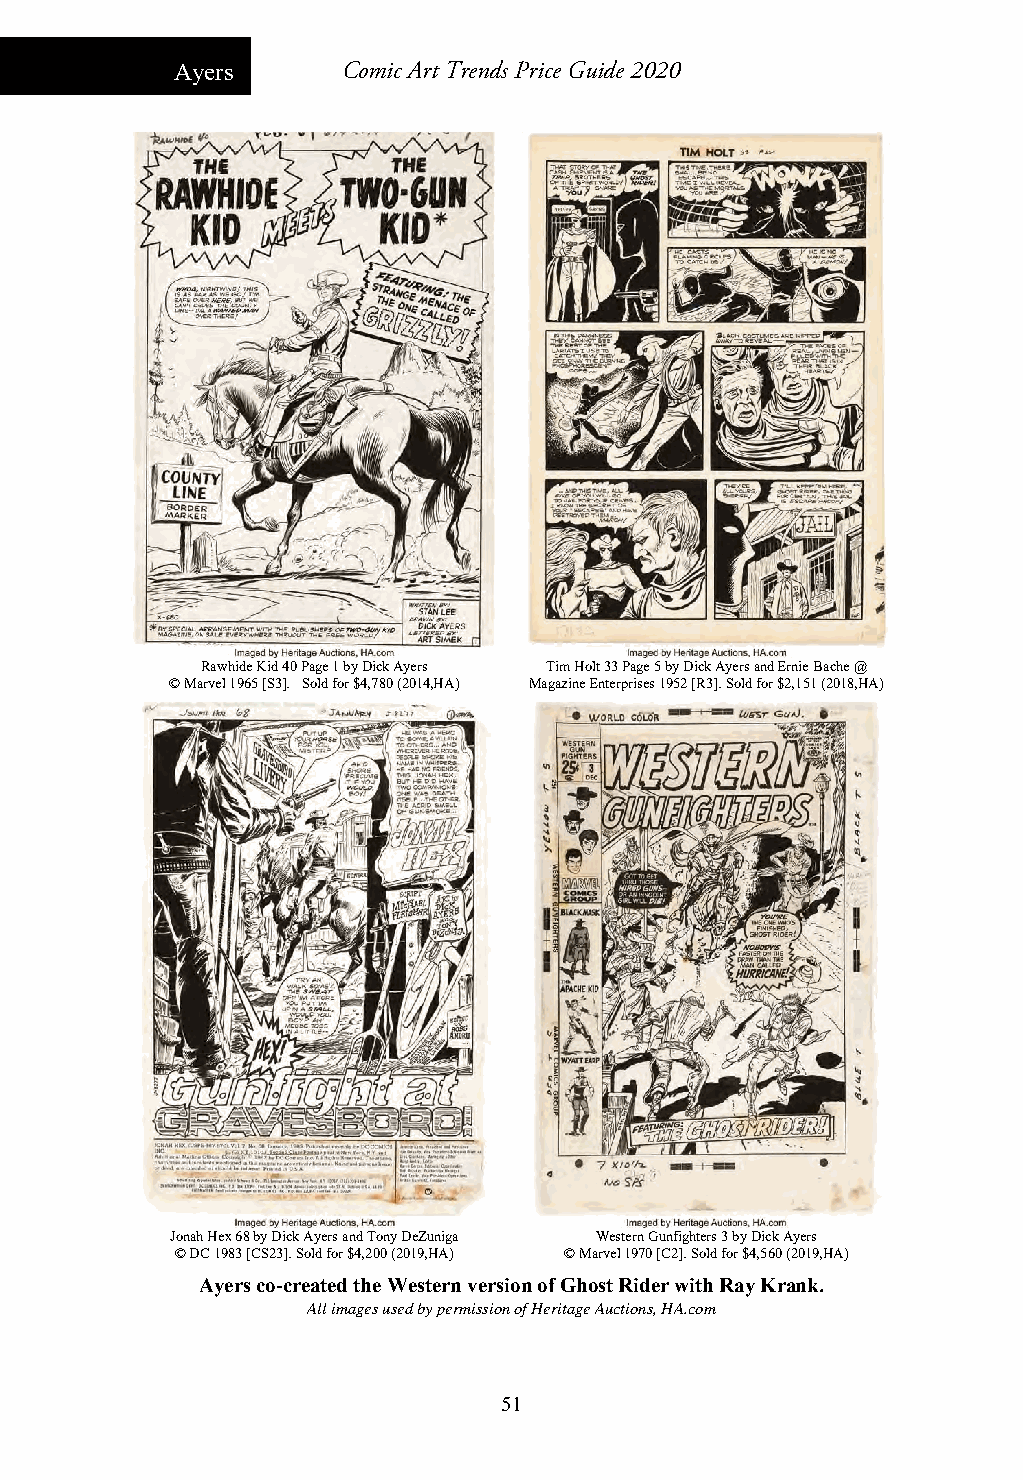
Ayers      Comic Art Trends Price Guide 2020
 Rawhide Kid 40 Page 1 by Dick Ayers Tim Holt 33 Page 5 by Dick Ayers and Ernie Bache @
 © Marvel 1965 [S3]. Sold for $4,780 (2014,HA) Magazine Enterprises 1952 [R3]. Sold for $2,151 (2018,HA)
 Jonah Hex 68 by Dick Ayers and Tony DeZuniga Western Gunfighters 3 by Dick Ayers
 © DC 1983 [CS23]. Sold for $4,200 (2019,HA) © Marvel 1970 [C2]. Sold for $4,560 (2019,HA)
 Ayers co-created the Western version of Ghost Rider with Ray Krank.
 All images used by permission of Heritage Auctions, HA.com
 51